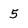
Character: 5